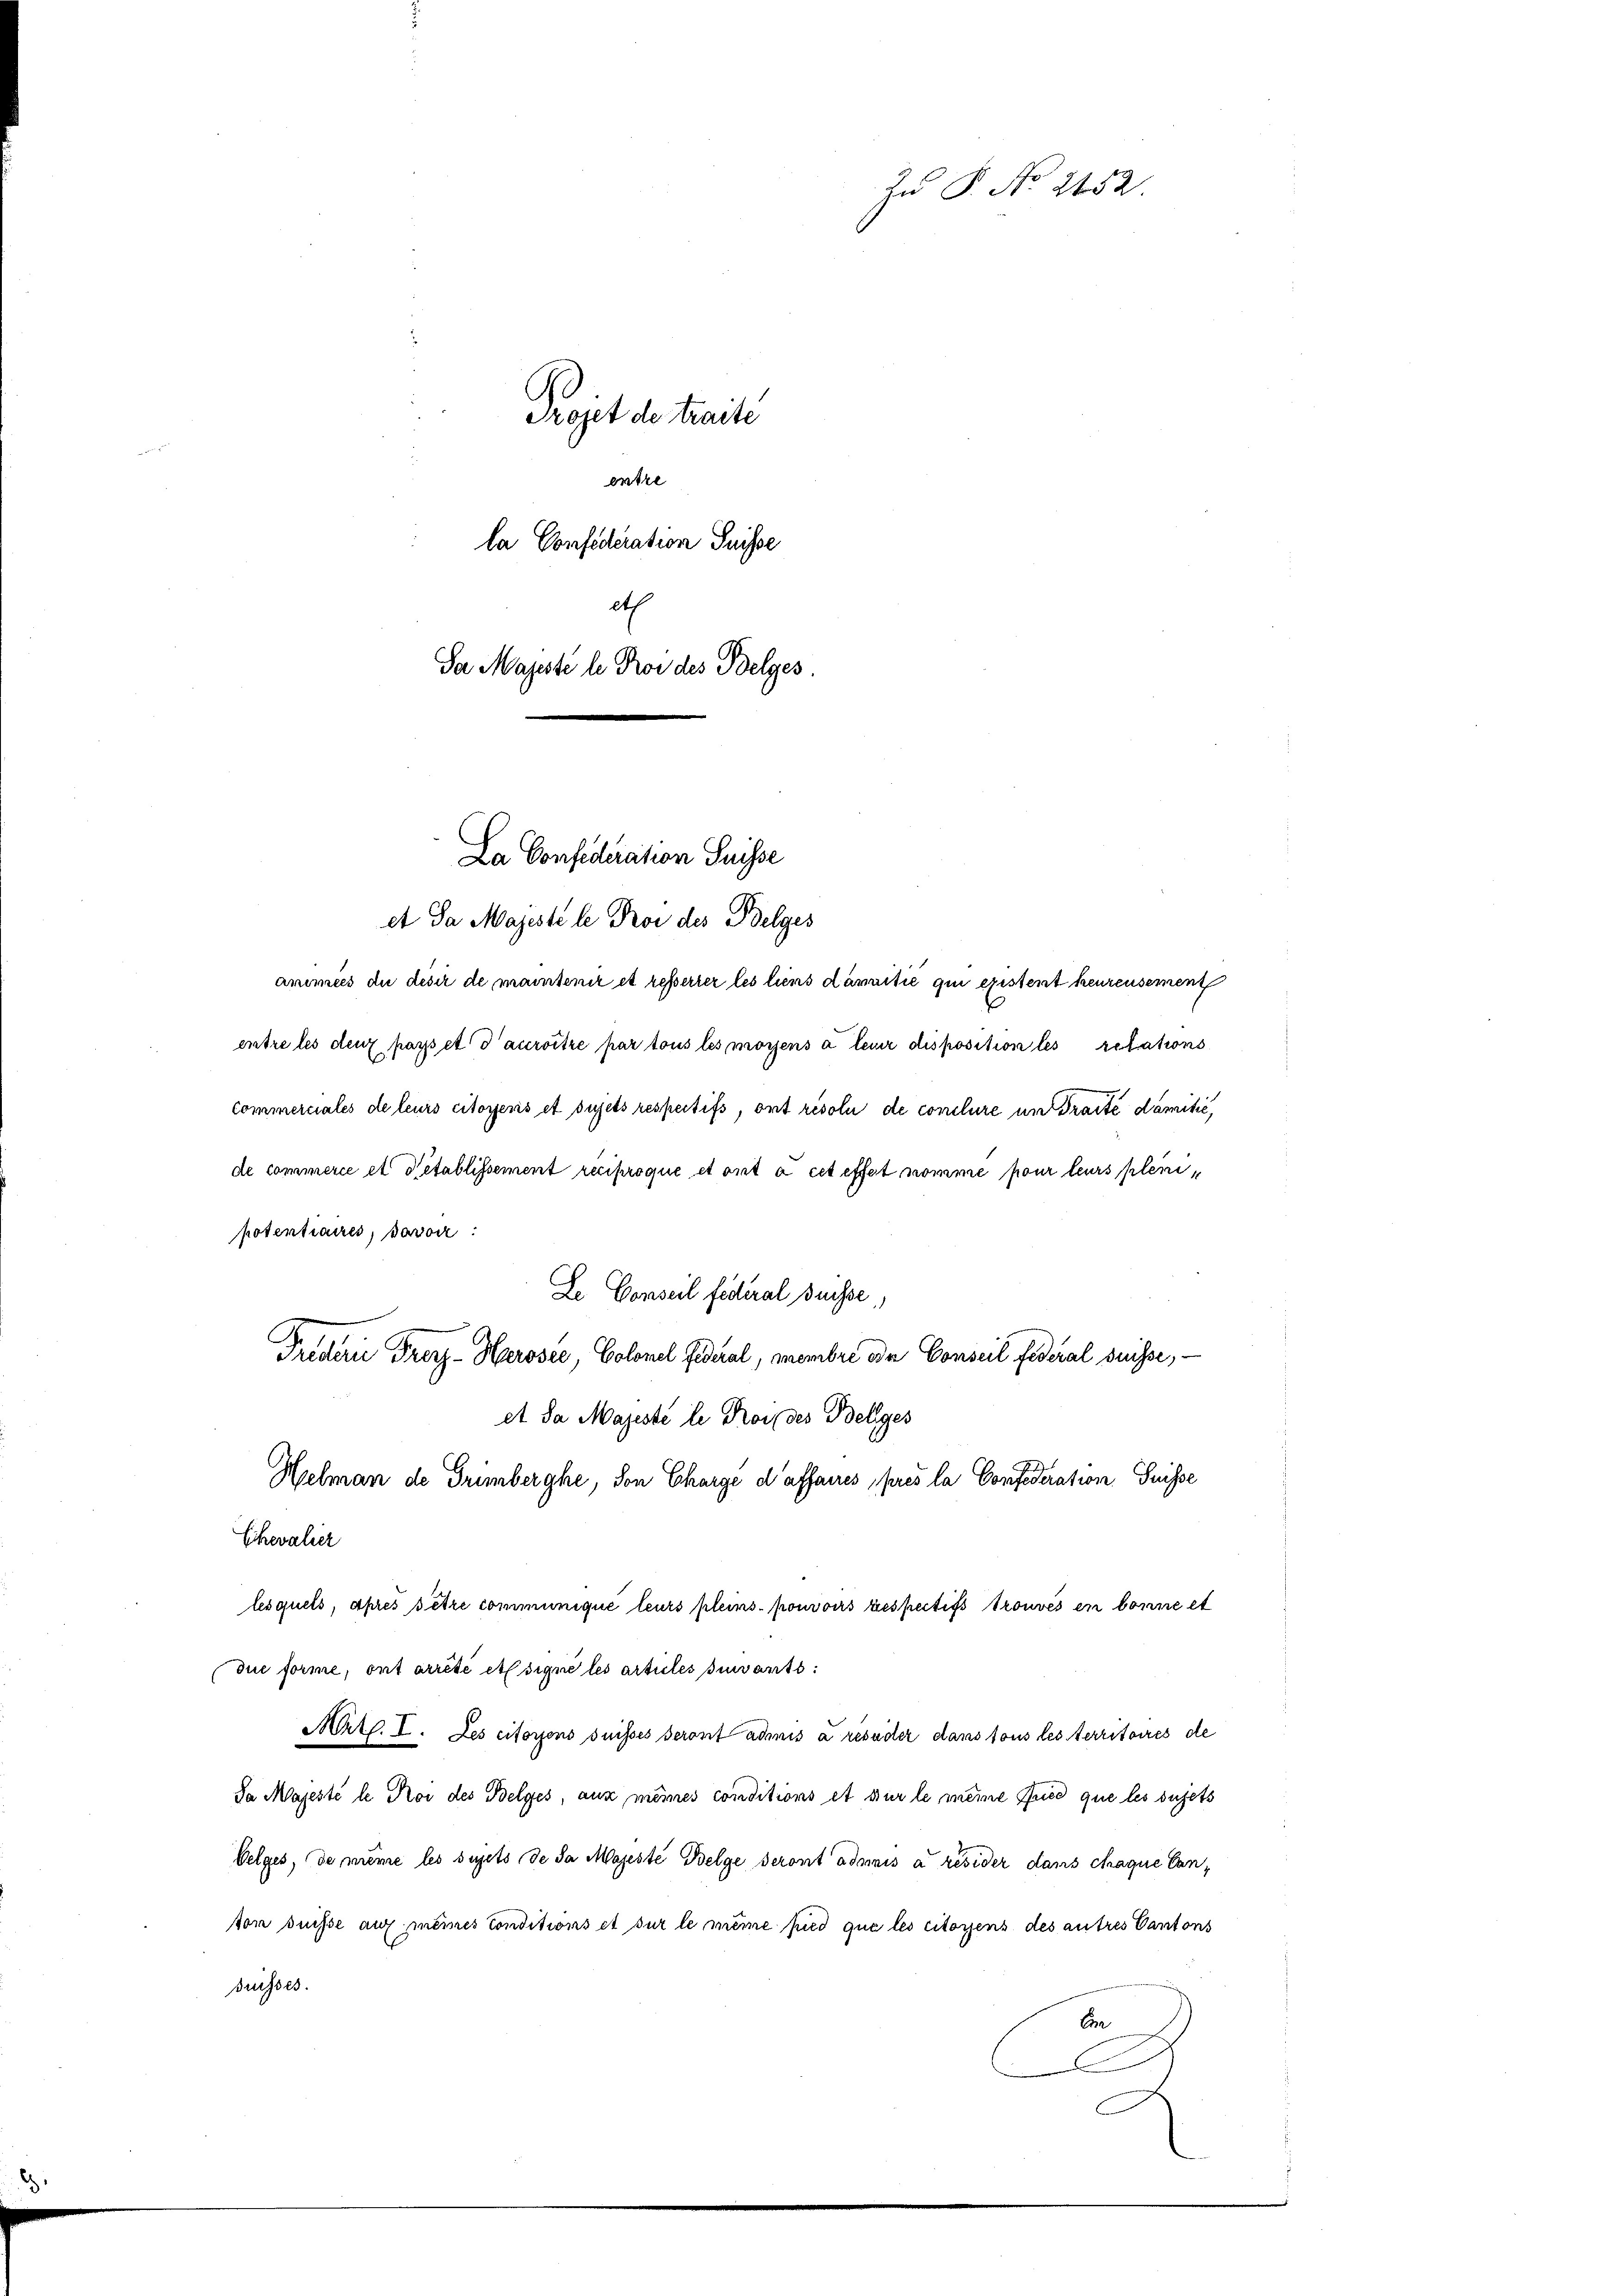
Projet de traité
entre
la Confederation Suisse
eth
Da Majeste le Poi des Belges.

animies du désir de maintenir et resserrer les liens damitié qui existent heurensement
entre les deux passet d’auroitre par tous les moyens à leur disposition les retations
Commerciales de leurs citoyenis et sujets respectifs, ont résolu de conclure un draite damitić,

La Confederation Suisse
et da Majeste le Proi des Belges

Le Conseil federal Suisse
Friderie Freyz-Harosee, Colonel Federal, membre oder Conseil fideral suisse,
et da Majeste le Rosses Belliges
Helman de Trimberghe, von Charge d’affaires prés la Confederation Suisse
Chevalier

Zu P. No. 2152.

de commerce et Pétablissement reciproque et ont à cet effet nomme pour leurs plenipotentiaires, savoir
lesquels, après setze communique teurs pleins pouvoirs respectifs trouvés en bonne et
due forme, ont arrêté et signe les articles suivants:
Mätl. I. Les citoyens suisses seront admis a resuder dans tous les territoires de
Da Majesté le Noi des Belges, aux mêmes conditions et sur le meine fued que les sujets
Velges, de même les sujets de da Majeste Belge seront admis à résider dans chaque Canvon Suisse auf meines Conditions et sur le même pied que les citoyens des autres Cantons
Suisses.
An
.
C